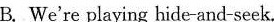
B.We're playing hide-and-seek